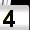
Digit: 4